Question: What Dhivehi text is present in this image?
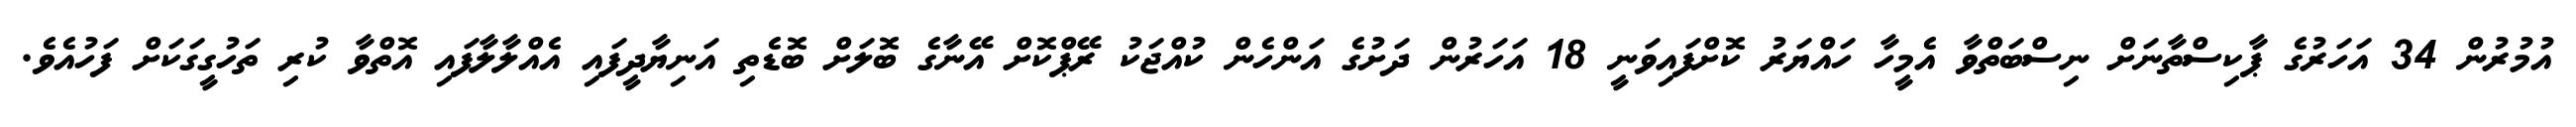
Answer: އުމުރުން 34 އަހަރުގެ ޕާކިސްތާނަށް ނިސްބަތްވާ އެމީހާ ހައްޔަރު ކޮށްފައިވަނީ 18 އަހަރުން ދަށުގެ އަންހެން ކުއްޖަކު ރޭޕްކޮށް އޭނާގެ ބޮލަށް ބޮޑެތި އަނިޔާދީފައި އެއްލާލާފައި އޮތްވާ ކުރި ތަހުގީގަކަށް ފަހުއެވެ.